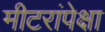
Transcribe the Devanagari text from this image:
मीटरांपेक्षा